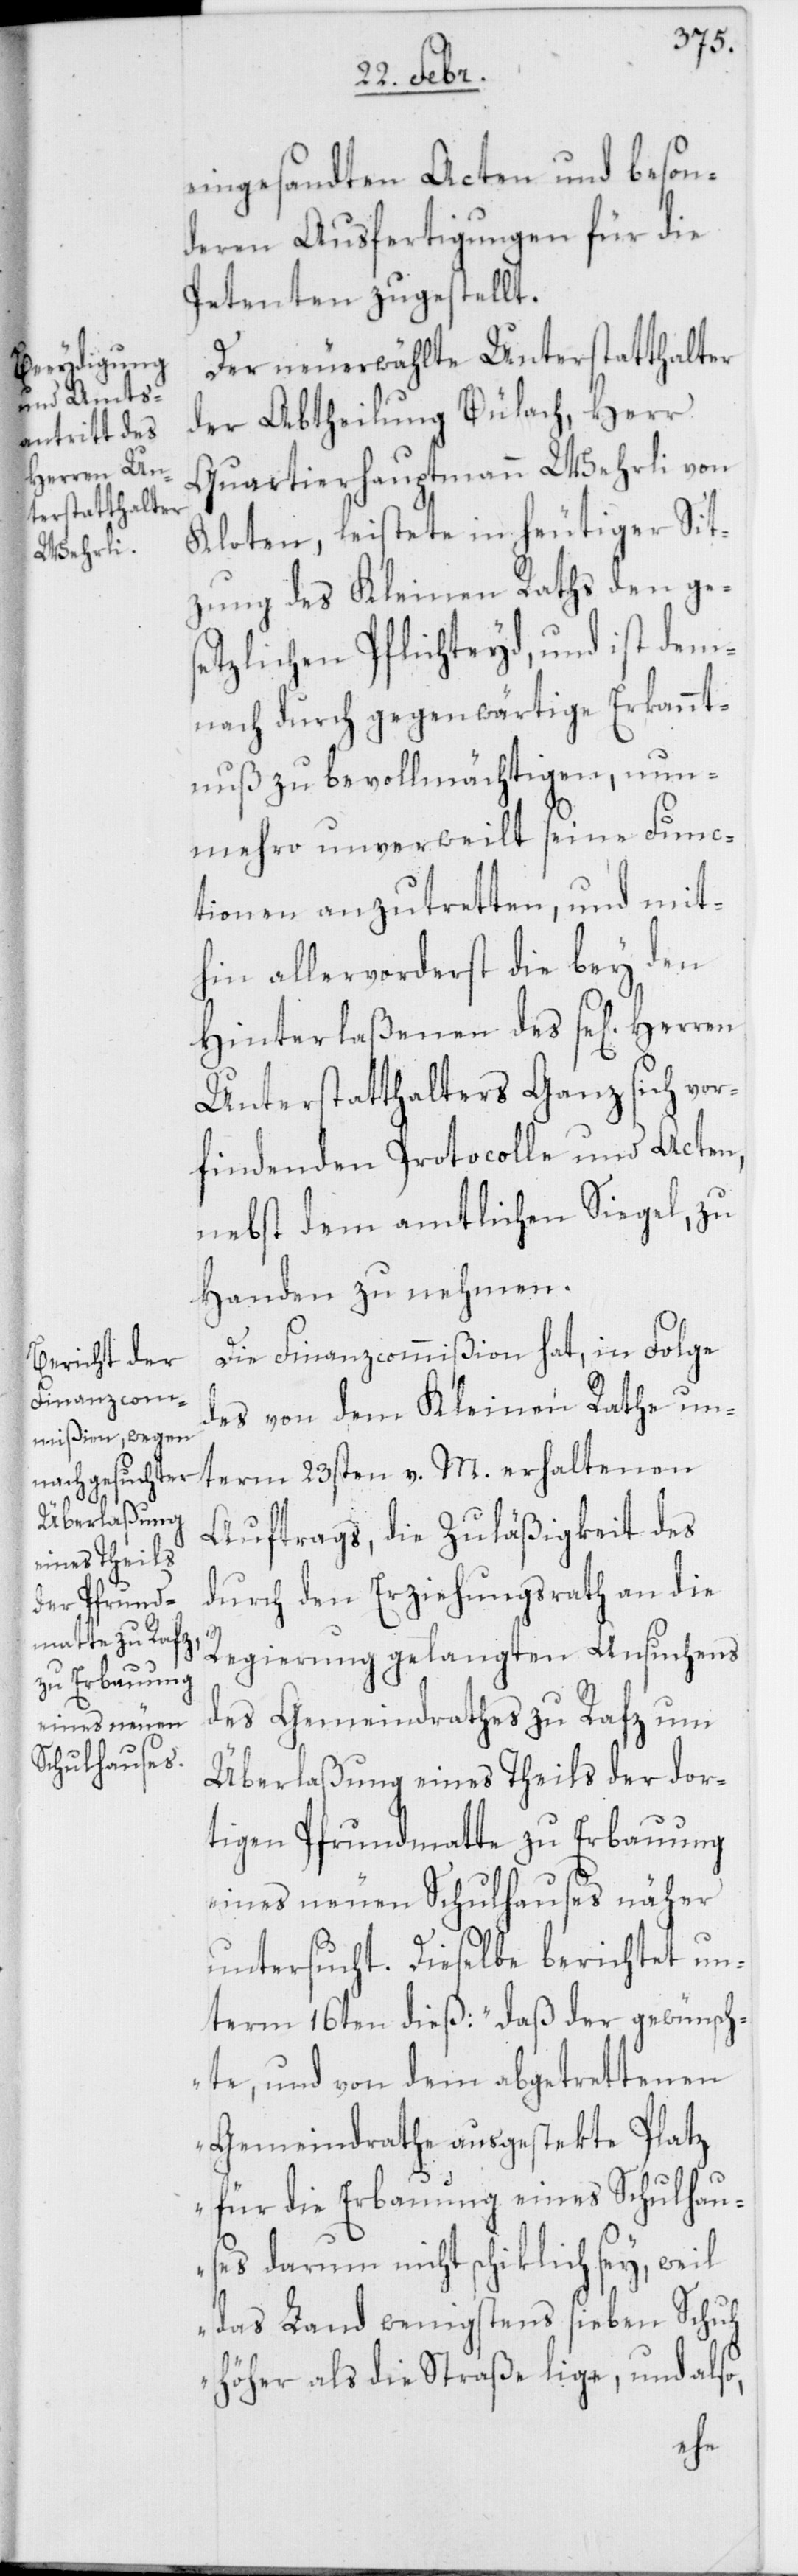
eingesandten Acten und beson¬
deren Ausfertigungen für die
Petenten zugestellt.
Der neuerwählte Unterstatthalter
der Abtheilung Bülach, Herr
Quartierhauptmann Wehrli von
Kloten, leistete in heutiger Sit¬
zung des Kleinen Raths den ges¬
etzlichen Pflichteyd, und ist dem¬
nach durch gegenwärtige Erkannt¬
nuß zu bevollmächtigen, nun¬
mehro unverweilt seine Func¬
tionen anzutretten, und mit¬
hin allervorderst die bey den
Hinterlaßenen des se[ligen]
Unterstatthalters Ganz sich vor¬
findenden Protocolle und Acten,
nebst dem amtlichen Siegel, zu
Handen zu nehmen.
Die Finanzcommißion hat, in Folge
des von dem Kleinen Rathe un¬
term 23sten v. M. erhaltenen
Auftrags, die Zuläßigkeit des
durch den Erziehungsrath an die
Regierung gelangten Ansuchens
des Gemeindrathes zu Rafz um
Überlaßung eines Theils der dor¬
tigen Pfrundmatte zu Erbauung
eines neuen Schulhauses näher
untersucht. Dieselbe berichtet un¬
term 16ten dieß: „Daß der gewünsch¬
te, und von dem abgetrettenen
Gemeindrathe ausgesteckte Platz
für die Erbauung eines Schulhau¬
ses darum nicht schiklich sey, weil
das Land wenigstens sieben Schuh
höher als die Straße lige, und also,